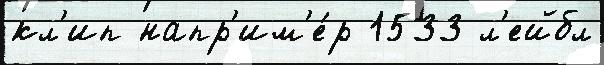
кл'ип напр'им'е́р 1533 л'ейбл